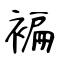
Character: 褊